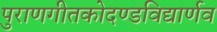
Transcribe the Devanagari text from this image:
पुराणगीतकोदण्डविद्यार्णव